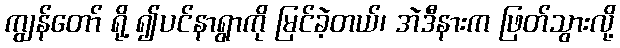
ကျွန်တော် ရို့ ၍ပင်နာရွာကို မြင်ခဲ့တယ်၊ အဲဒီနားက ဖြတ်သွားလို့